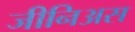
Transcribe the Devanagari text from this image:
जीनिअस